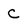
Character: C